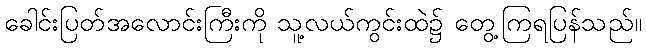
ခေါင်းပြတ်အလောင်းကြီးကို သူ့လယ်ကွင်းထဲ၌ တွေ့ကြရပြန်သည်။